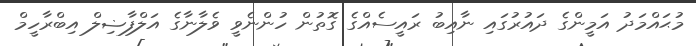
މުޙައްމަދު އަމީންގެ ދައުރުގައި ނާއިބު ރައީސެއްގެ ގޮތުން ހުންނެވީ ވެލާނާގެ އަލްފާޟިލް އިބްރާހީމް